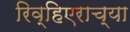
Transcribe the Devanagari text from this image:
रिव्हिएराच्या